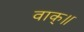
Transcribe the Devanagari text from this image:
वाक्॥